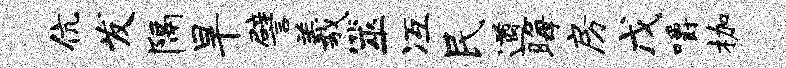
伉发隔旱譬羲筮冱民遒晦房戊嚼枷